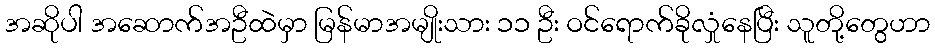
အဆိုပါ အဆောက်အဦထဲမှာ မြန်မာအမျိုးသား ၁၁ ဦး ဝင်ရောက်ခိုလှုံနေပြီး သူတို့တွေဟာ